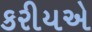
કરીયએ